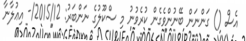
އެސް () ގަންނަން ބޭނުންވެގެން ކުރެވުނު މި ސްކޫލުގެ ނަންބަރު: 2015/12/- އިޢުލާނާ